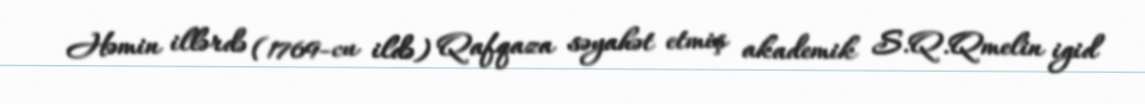
Həmin illərdə (1769-cu ildə) Qafqaza səyahət etmiş akademik S.Q.Qmelin igid